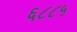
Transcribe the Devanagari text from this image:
६८८५